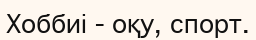
Хоббиі - оқу, спорт.